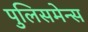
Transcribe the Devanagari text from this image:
पुलिसमेन्स